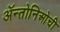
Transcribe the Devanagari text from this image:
ॲन्तोनिओची